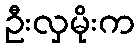
ဦးလှမိုးက